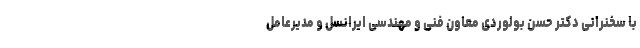
با سخنرانی دکتر حسن بولوردی معاون فنی و مهندسی ایرانسل و مدیرعامل